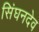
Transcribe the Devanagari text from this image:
सिंघनदेव